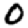
Digit: 0